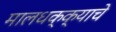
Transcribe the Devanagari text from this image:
मालधक्क्याचे